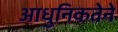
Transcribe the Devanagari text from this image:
आधुनिकतेने